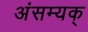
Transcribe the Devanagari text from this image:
अंसम्यक्